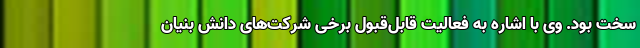
سخت بود. وی با اشاره به فعالیت قابل‌قبول برخی شرکت‌های دانش بنیان